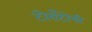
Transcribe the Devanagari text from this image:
टोराँटोची